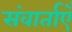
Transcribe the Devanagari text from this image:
संवार्ताएँ